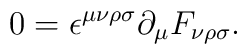
0=\epsilon^{\mu\nu\rho\sigma}\partial_{\mu}F_{\nu\rho\sigma}.